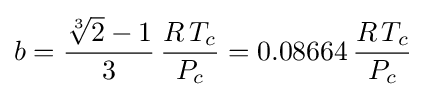
b={\frac {{\sqrt[{3}]{2}}-1}{3}}\,{\frac {R\,T_{c}}{P_{c}}}=0.08664\,{\frac {R\,T_{c}}{P_{c}}}